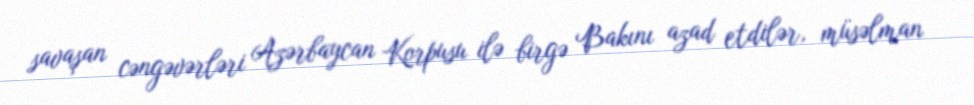
savaşan cəngəvərləri Azərbaycan Korpusu ilə birgə Bakını azad etdilər, müsəlman